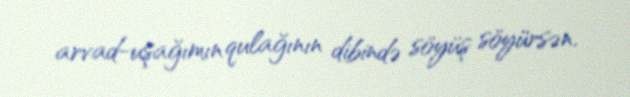
arvad-uşağımın qulağının dibində söyüş söyürsən.